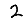
Digit: 2